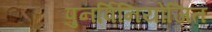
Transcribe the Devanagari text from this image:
पुनर्विनियोजित